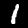
Digit: 1